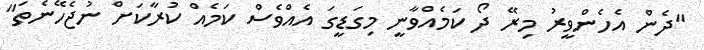
"ދެން އެހެންވީރު މިރޭ ދޯ ކަމެއްވާނީ މިގަޑީގަ އެއްވެސް ކަމެއް ކުރާކަށް ނުޖެހޭނެތަ"